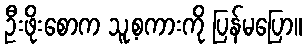
ဦးဖိုးစောက သူ့စကားကို ပြန်မပြော။